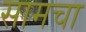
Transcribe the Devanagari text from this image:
सामचा